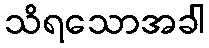
သိရသောအခါ